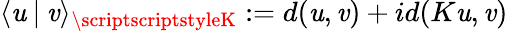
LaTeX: \langle\mathit{u}\mathbin|\mathit{v}\rangle_{\scriptscriptstyleK}:=d(\mathit{u},\mathit{v})+id(K\mathit{u},\mathit{v})